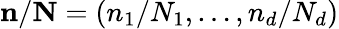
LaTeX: \mathbf{n}/\mathbf{N}=\left(n_{1}/N_{1},\ldots,n_{d}/N_{d}\right)